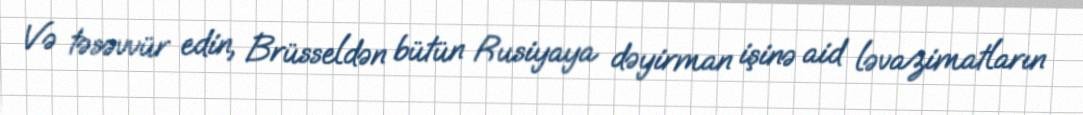
Və təsəvvür edin, Brüsseldən bütün Rusiyaya dəyirman işinə aid ləvazimatların